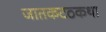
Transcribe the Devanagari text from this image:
जातकटठकथा